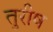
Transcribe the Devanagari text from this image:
तुरीष